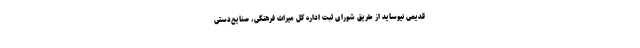
قدیمی نیوساید از طریق شورای ثبت اداره کل میراث فرهنگی، صنایع‌دستی